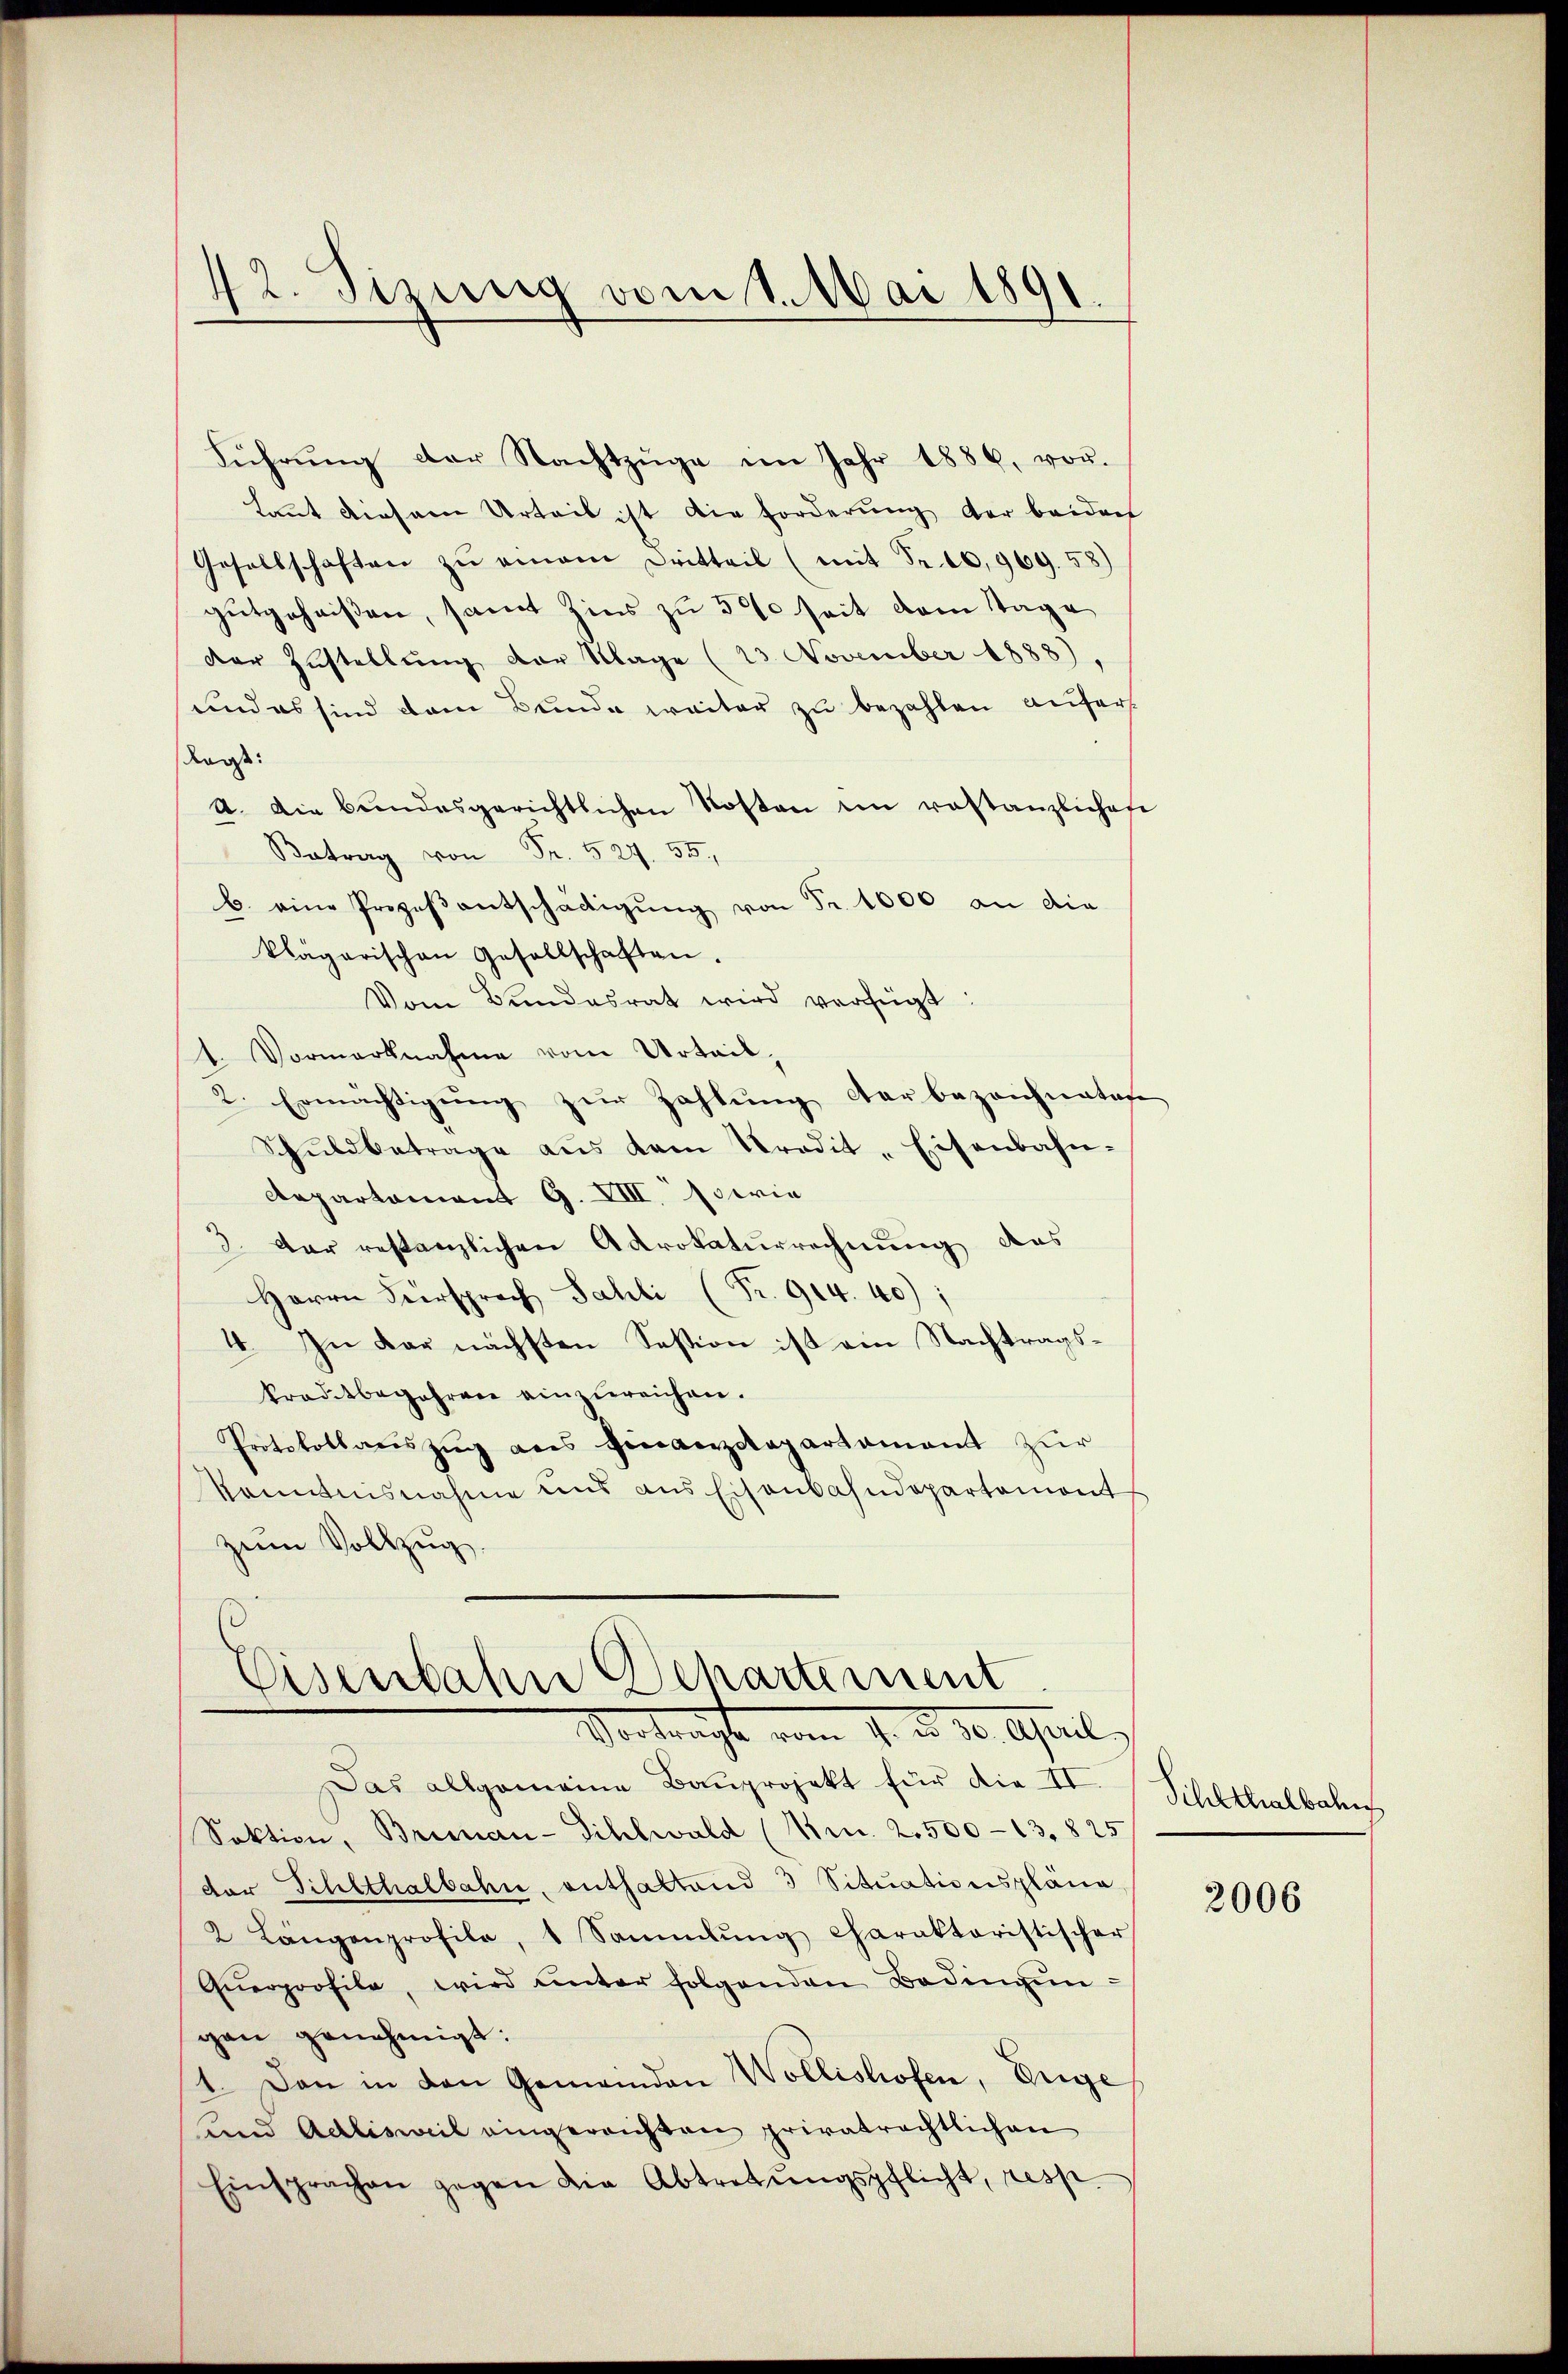
42. Sizung vom 1. Mai 1891.

Führŭng der Nachtzüge im Jahr 1886, vor.
Laut diesem Urteil ist die Forderung der beiden
Gesellschaften zŭ einem Dritteil (mit Fr. 10,969. 58)
gutgeheißen, samt Zins zu 30 seit dem Tage
der Zustellung der Klage (23. November 1888)
und es sind dem Bunde weiter zu bezahlen anfer
Ragt:
A. Die bundesgerichtlichen Kosten en restanzliches
 r. 255.
b. eine Prozeβentschädigung von Fr. 1000 an die
klägerischen Gesellschaften.
Vom Bundesrat wird verfügt:
1. Vormarknahme vom Urteil,
2. Ermächtigŭng zŭr Zahlung der bezeichnetete
Schŭldbetrage aŭs dem Tradit-Eisenbahn-
Aepartement G. VIII. sowie
3. Der restanzlichen Akrokaturrechnung des
Herrn Fürsprach Sahli (Fr. 914.40);
4. In der nächsten Session ist ain Nachtragskradtbegehren einzŭreichen.
Protokollanszŭg ans Einverzolapartament zŭr
Kenntnisnahme uns aus Eisenbahndepartemont
zum Vollzug.
(

Eisenbahn Departement
Vortrachte vom 1. d. 30. April.

Das allgemeine Bauprojekt für die II.
Sektion, Briman-Sihlwald (Nr. 2.500-13. 825
der Sihlthalbahn, enthaltend 3 Situationspläne
2 Längenprofile, 1 Sammlung charaktoristischer
Qŭerprofile, wird unter folgenden Bedingŭn-
gen genehmigt:
1. Dann in den Gemeinden Wollishofen, Enge
und Adlisweil eingereichten privatrechtlichen
Einsprachen gegen die Abtretŭngspflicht, resp.

Sihlthalbahn

2006